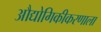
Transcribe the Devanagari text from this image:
औद्योगिकीकरणाला